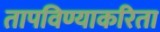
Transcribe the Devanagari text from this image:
तापविण्याकरिता